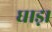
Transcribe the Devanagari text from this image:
घाड़ा